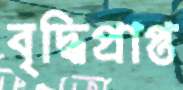
বৃদ্ধিপ্রাপ্ত